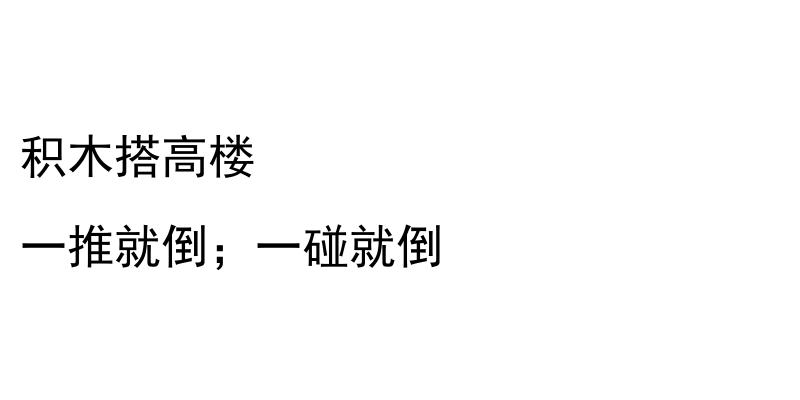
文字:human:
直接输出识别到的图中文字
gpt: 积木搭高楼 一推就倒；一碰就倒